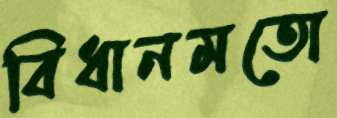
বিধানমতো